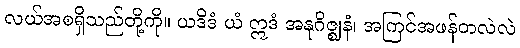
လယ်အစရှိသည်တို့ကို။ ယဒိဒံ ယံ ဣဒံ အနုဂိဇ္ဈနံ၊ အကြင်အဖန်တလဲလဲ